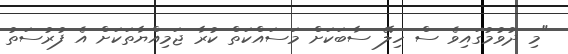
"މި ދުވުމުގައިވެ ސް ހިލޭ ސާބަކަށް މަސައްކަތް ކުރާ ޖަމިއްޔާތަކަށް އެ ފުރުސަތު